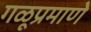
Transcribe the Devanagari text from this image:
गळूप्रमाणे